King Institute of Preventive Medicine Micro-Biological Section reports 1912-19
Year: 1912
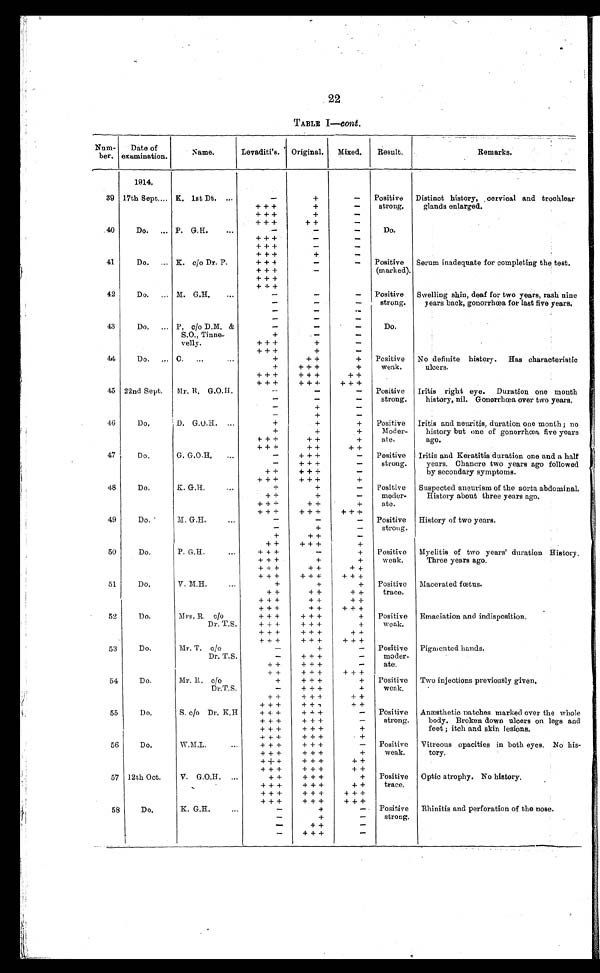
22
TABLE I—cont .
Num-
ber.
Date of
examination.
N a m e .
Levaditi’s. Original.
Mixed.
Result.
Remarks
.
1914.
39 17th Sept... K. 1st Dt. ...
-
+
-
Positive
strong.
Distinct history, cervical and trochlear
glands enlarged.
+ + +
+
-
+ + +
+
-
+ + +
++
-
40
Do.
... P. G.H.
...
-
-
-
Do.
+ + +
-
-
+ + +
-
-
+ + +
+
-
41
Do. ... K. c/o Dr. P.
+ + +
-
-
Positive
(marked).
Serum inadequate for completing the test.
+ + +
-
+ + +
+ + +
42
Do.
... M. G.H.
...
-
-
-
Positive
strong.
Swelling shin, deaf for two years, rash nine
years back, gonorrhœa for last five years.
-
-
-
-
-
-
-
-
-
43
Do. ...
P. c/o D.M. &
S.O., Tinne-
velly.
-
-
-
D o .
+
-
-
+ + +
+
-
+ + +
+
-
44 Do.
C. . . . . . . .
+
++
+
Positive
weak.
No definite history. Has characteristic
ulcers.
+
+ + +
+
+ + +
+ + +
++
+ + +
+ + +
+ + +
45 22nd Sept.
Mr. R. G.O.H.
-
-
-
Positive
strong.
Iritis right eye. Duration one mouth
history, nil. Gonorrhœa over two years.
-
-
-
-
+
-
-
+
-
46
Do,
D. G.O.H. ...
+
+
+
Positive
Moder-
ate.
Iritis and neuritis, duration one month ; no
history but one of gonorrhœa five years
ago.
+
+
+
+ + +
++
+
+ + +
++
++
47
Do,
G.. G,O.H,
...
-
+ + +
-
Positive
strong.
Iritis and Keratitis duration one and a half
years. Chancre two years ago followed
by secondary symptoms.
-
+ + +
-
++
+ + +
-
+ + +
+ + +
+
48
Do.
K. G. H . . .
+
+
-
Positive
moder-
ate.
Suspected aneurism of the aorta abdominal,
History about three years ago.
++
+
-
+ + +
++
+
+ + +
+ + +
+ + +
49
Do.
M. G.H.
-
-
-
Positive
strong.
History of two years.
-
+
-
+
++
-
++
+ + +
+
50
Do.
P. G.H.
...
+ + +
-
+
Positive
weak.
Myelitis of two years' duration History.
Three years ago.
+ + +
+
+
+ + +
++
++
+ + +
+ + +
++ +
51
Do.
V. M.H. ...
+
+
+ Positive
trace.
Macerated fœtus.
++
+ +
+ +
+ + +
+ +
+ +
+ + +
+ +
+ + +
52
Do.
Mrs. R. c/o
+ + +
+ + +
+
Positive
weak.
Emaciation and indisposition.
Dr. T.S.
+ + +
+ + +
+
+ + +
+ + +
-
+ + +
+ + +
+ + +
53
Do.
Mr. T. c/o
-
+
- Positive
moder-
ate.
Pigmented hands.
Dr. T.S.
-
+ + +
-
+ +
+ + +
-
++
+ + +
+ + +
54
Do.
Mr, R. c/o
+
+ + +
+
Positive
weak.
Two injections previously given.
Dr.T.S.
-
+ + +
+
+ +
+ + +
+ +
+ + +
+ + +
+ +
55
Do,
S. c/o Dr. K.H
+ + +
+ + +
-
Positive
strong.
Anæsthetic patches marked over the whole
body. Broken down ulcers on legs and
feet ; itch and skin lesions.
+ + +
+ + +
-
+ + +
+ + +
+
+ + +
+ + +
+
56
Do.
W.M.L. ....
+ + +
+ + +
- Positive
weak.
Vitreous opacities in both eyes. No his-
tory.
+ + +
+ + +
+
+ + +
+ + +
++
+ + +
+ + +
+ +
57 12th Oct,
V. G.O,H.. „.
+ +
+ + +
+
Positive
trace.
Optic atrophy. No history.
+ + +
+ + +
++
+ + +
+ + +
+ + +
+ + +
+ + +
+ + +
58
D o .
K. G.H....
-
+
- Positive
strong.
Rhinitis and perforation of the nose.
-
+
-
-
+ +
-
-
+ + +
-